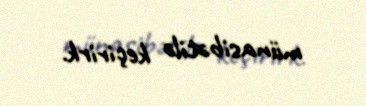
münasibətilə keçirirk.